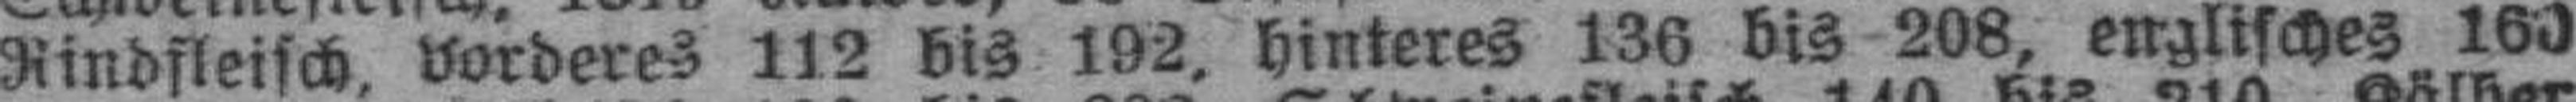
Rindfleisch vorderes 112 bis 192, hinteres 136 bis 208, englisches 160